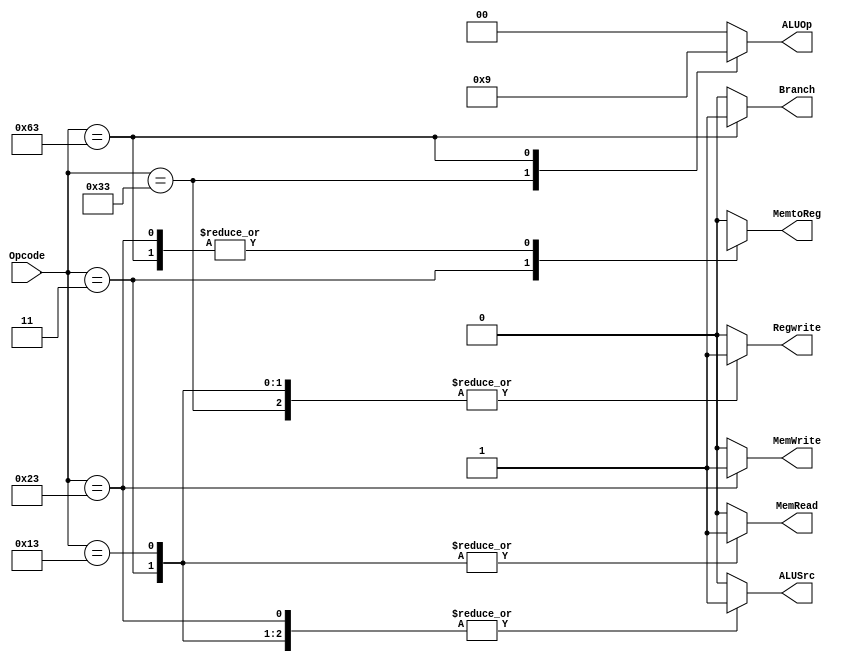
`timescale 1ns / 1ps
//////////////////////////////////////////////////////////////////////////////////
// Company: 
// Engineer: 
// 
// Design Name: 
// Module Name: Control_Unit
// Project Name: 
// Target Devices: 
// Tool Versions: 
// Description: 
// 
// Dependencies: 
// 
// Revision:
// Revision 0.01 - File Created
// Additional Comments:
// 
//////////////////////////////////////////////////////////////////////////////////


module Control_Unit
(
    input [6:0] Opcode,
    output reg [1:0] ALUOp,
    output reg Branch, MemRead, MemtoReg, MemWrite, ALUSrc, Regwrite
);
always @(*)
begin
    case (Opcode)
    7'b0110011: // R-type (add/sub)
        begin
            ALUSrc = 1'b0;
            MemtoReg = 1'b0;
            Regwrite = 1'b1;
            MemRead = 1'b0;
            MemWrite = 1'b0;
            Branch = 1'b0;
            ALUOp = 2'b10;
        end
    7'b0000011: // I-type (ld)
        begin
            ALUSrc = 1'b1;
            MemtoReg = 1'b1;
            Regwrite = 1'b1;
            MemRead = 1'b1;
            MemWrite = 1'b0;
            Branch = 1'b0;
            ALUOp = 2'b00;
        end
    7'b0100011: // S-type(sd)
        begin
            ALUSrc = 1'b1;
            MemtoReg = 1'bx;
            Regwrite = 1'b0;
            MemRead = 1'b0;
            MemWrite = 1'b1;
            Branch = 1'b0;
            ALUOp = 2'b00;
        end
    7'b0010011: // I-type (addi)
        begin
            ALUSrc = 1'b1;
            MemtoReg = 1'b0;
            Regwrite = 1'b1;
            MemRead = 1'b1;
            MemWrite = 1'b0;
            Branch = 1'b0;
            ALUOp = 2'b00;
        end
    7'b1100011: // SB-type (beq/bne/bge)
        begin
            ALUSrc = 1'b0;
            MemtoReg = 1'bx;
            Regwrite = 1'b0;
            MemRead = 1'b0;
            MemWrite = 1'b0;
            Branch = 1'b1;
            ALUOp = 2'b01;
        end
    default: begin
            ALUSrc = 1'b0;
            MemtoReg = 1'b0;
            Regwrite = 1'b0;
            MemRead = 1'b0;
            MemWrite = 1'b0;
            Branch = 1'b0;
            ALUOp = 2'b00;
    end
    endcase
end
endmodule